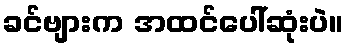
ခင်ဗျားက အထင်ပေါ်ဆုံးပဲ။